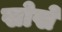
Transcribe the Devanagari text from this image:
खोखे